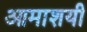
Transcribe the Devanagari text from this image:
आमाशयी